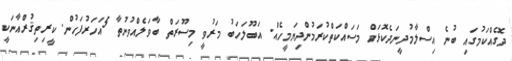
ދޮގެއްކަމުގައި ބުނެ އިސްލާމުދީނަދެކޮޅަށް މަސައްކަތްކުރަމުންދިޔަމީހެއް. އަބޫލަހަބު މަރުވީ މިސޫރަތް ބާވަލެއްވުނުތާ 5އަހަރުފަހުން. ކީރިތިޤުރްއާނަކީ